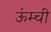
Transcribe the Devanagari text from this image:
ऊंम्ची